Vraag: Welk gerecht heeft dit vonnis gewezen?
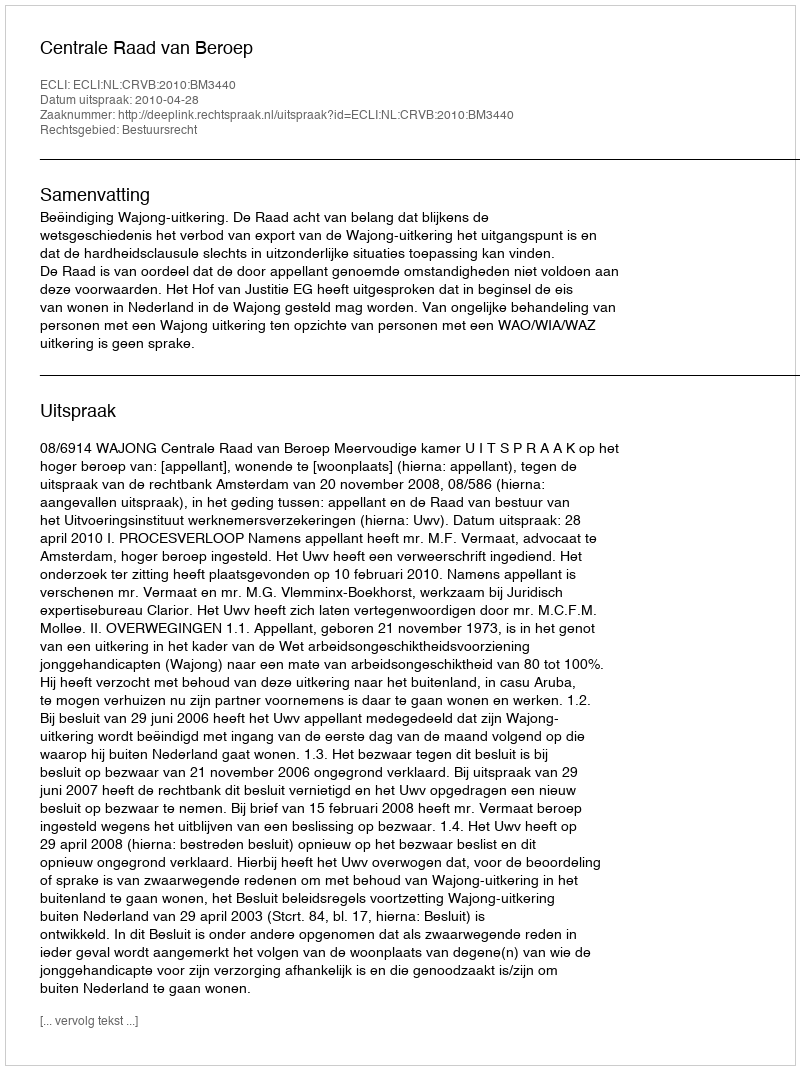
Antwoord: Centrale Raad van Beroep